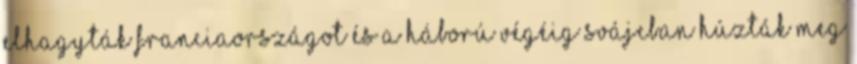
elhagyták Franciaországot és a háború végéig Svájcban húzták meg